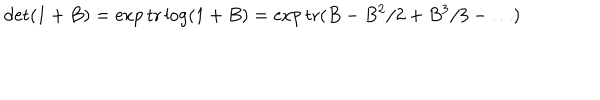
\det ( 1 + B ) = \exp \mathrm { t r } \log ( 1 + B ) = \exp \mathrm { t r } ( B - B ^ { 2 } / 2 + B ^ { 3 } / 3 - \dots )